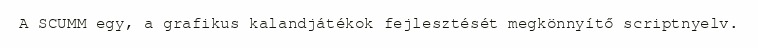
A SCUMM egy, a grafikus kalandjátékok fejlesztését megkönnyítő scriptnyelv.